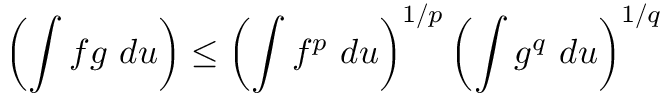
\left( \int f g ~ d u \right) \leq \left( \int f ^ { p } ~ d u \right) ^ { 1 / p } \left( \int g ^ { q } ~ d u \right) ^ { 1 / q }